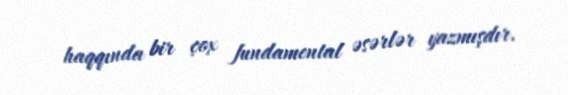
haqqında bir çox fundamental əsərlər yazmışdır.